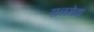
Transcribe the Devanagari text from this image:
रानमेवा